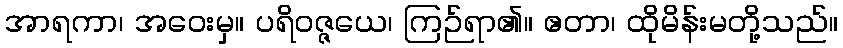
အာရကာ၊ အဝေးမှ။ ပရိဝဇ္ဇယေ၊ ကြဉ်ရာ၏။ ဧတာ၊ ထိုမိန်းမတို့သည်။